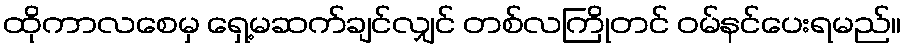
ထိုကာလစေမှ ရှေ့မဆက်ချင်လျှင် တစ်လကြိုတင် ဝမ်နင်ပေးရမည်။